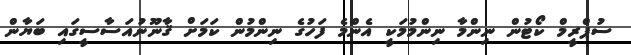
ސުޕްރީމް ކޯޓުން ނިންމާ ނިންމުމަކީ އެންމެ ފަހުގެ ނިންމުން ކަމަށް ޤާނޫނުއަސާސީގައި ބަޔާން